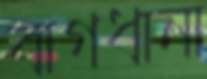
বাগধানা